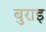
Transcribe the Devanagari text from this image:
बुराइ